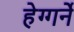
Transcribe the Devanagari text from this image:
हेग्गर्ने